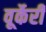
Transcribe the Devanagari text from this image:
वूर्केरी